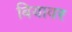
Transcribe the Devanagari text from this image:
बियावर